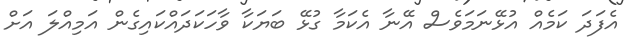
އެފަދަ ކަމެއް އުޅޭނަމަވެސް އޭނާ އެކަމާ ގުޅޭ ބަޔަކާ ވާހަކަދައްކައިގެން އަމިއްލަ އަށް